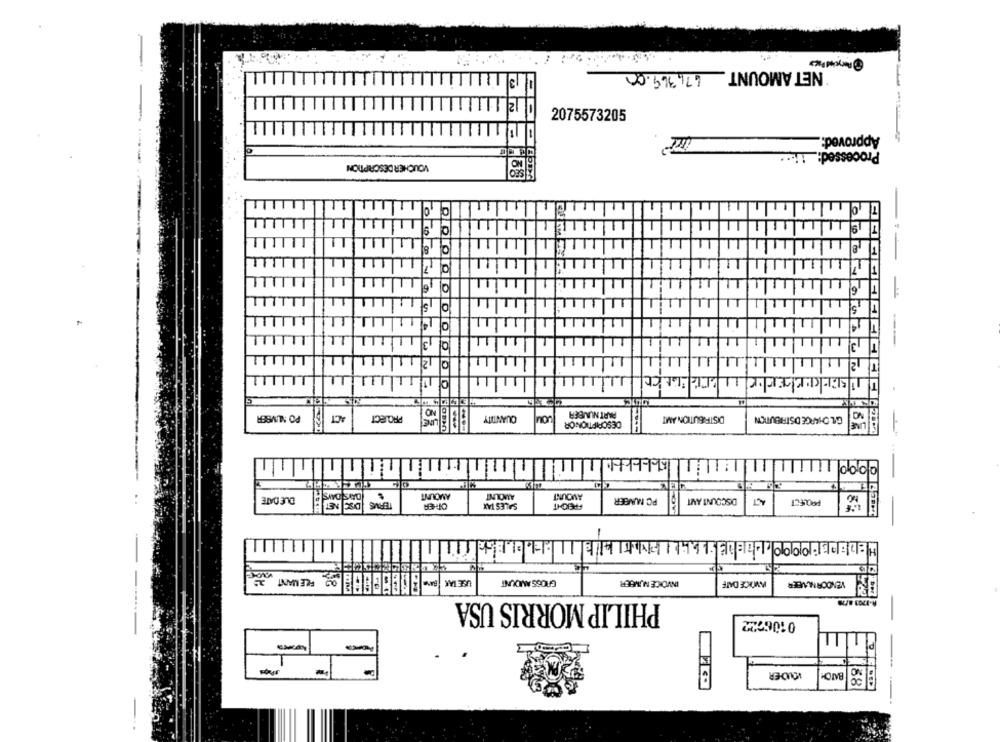
NET AMOUNT 676369.00
113
12
2075573205
Approved :.
Processed: 1:
VOUCHER DESCRIPTION
19
99
T
091
19
LL
051
11
111
111111
LLLL
T 3
T2.
11
5
PO NUMBER
PROJECT
QUANTITY
PART NUMBER
DISTRIBUTION AMT
GIL OHIARGE DISTRIBUTION
ACT
DESCRIPTIONOR
AMOUNT
AMOUNT
AMOUNT
DLE DATE
NET
TERMS
SALES TAX
FREIGHT
PO MUNGER
DISCOUNT ANT
ACT
PROLECT
-
BAND :9:57 66 00 FREMANT 20
USE TAX RATE
GROSS AMOUNT
INVOICE NUMBER
VENDOR NUVEER
A-1701 877
PHILIP MORRIS USA
0106722
IODER
50